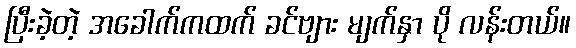
ပြီးခဲ့တဲ့ အခေါက်ကထက် ခင်ဗျား မျက်နှာ ပို လန်းတယ်။